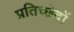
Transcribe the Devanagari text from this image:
प्रतिच्छेदों